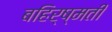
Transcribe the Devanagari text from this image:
बहिर्ष्मती